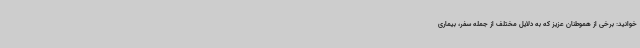
خوانید: برخی از هموطنان عزیز که به دلایل مختلف از جمله سفر، بیماری